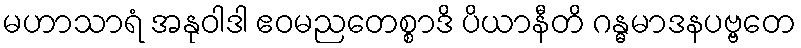
မဟာသာရံ အနုဝါဒါ ဧဝမညတေစ္စာဒိ ပိယာနီတိ ဂန္ဓမာဒနပဗ္ဗတေ